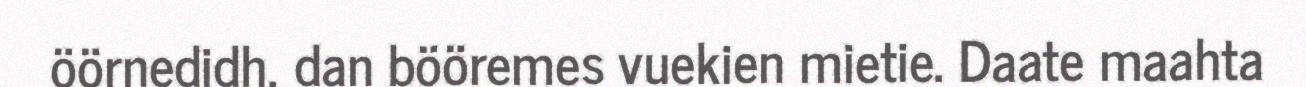
öörnedidh, dan bööremes vuekien mietie. Daate maahta